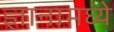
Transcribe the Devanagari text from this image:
ज्ञानामध्ये